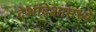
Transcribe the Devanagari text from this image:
देशांदेशांमध्ये